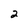
Character: 2